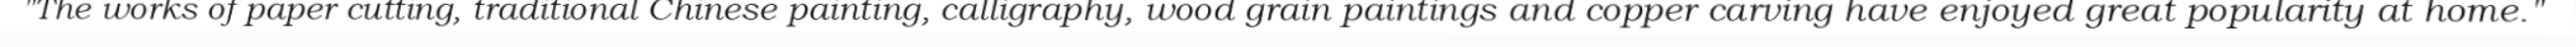
"The works of paper cutting, traditional Chinese painting, calligraphy, wood grain paintings and copper carving have enjoyed great popularity at home."